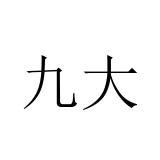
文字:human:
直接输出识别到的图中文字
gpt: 九大